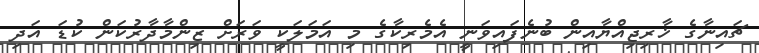
ޗައިނާގެ ޚާރިޖިއްޔާއިން ބުނެފައިވަނީ އެމެރިކާގެ މި އަމަލަކީ ވަރަށް ޒިންމާދާރުކަން ކުޑަ އަދި